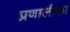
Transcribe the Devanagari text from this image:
प्रणालीका